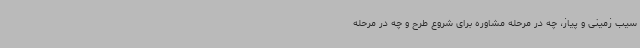
سیب زمینی و پیاز، چه در مرحله مشاوره برای شروع طرح و چه در مرحله